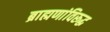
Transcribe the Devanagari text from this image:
ब्राह्मणांविरूद्ध